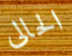
الحالى